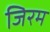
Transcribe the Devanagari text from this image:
जिरम